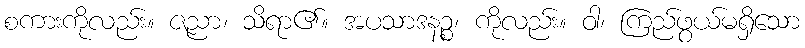
စကားကိုလည်း။ ဇညာ၊ သိရာ၏။ အပသာဒနဉ္စ၊ ကိုလည်း။ ဝါ၊ ကြည်ဖွယ်မရှိသော